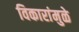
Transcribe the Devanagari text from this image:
विकारांमुळे